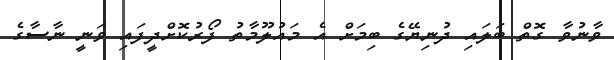
ވާނުވާ ގޮތް ބަލައި ދުނިޔޭގެ ބިމަށް އެ މައުލޫމާތު ފޯރުކޮށްދީފައި ވަނީ ނާސާގެ